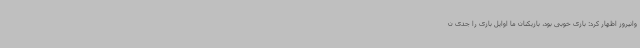
وانیروز اظهار کرد: بازی خوبی بود، بازیکنان ما اوایل بازی را جدی ن